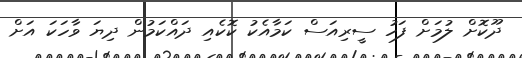
ދޫކޮށް ލުމަށް ފަހު ސީރިއަސް ކަމާއެކު ކޮކެއި ދައްކަމުން ދިޔަ ވާހަކަ އަށް